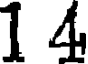
1 4